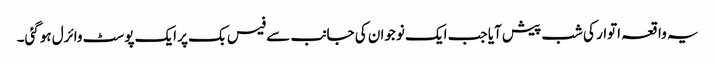
یہ واقعہ اتوار کی شب پیش آیا جب ایک نوجوان کی جانب سے فیس بک پر ایک پوسٹ وائرل ہوگئی۔